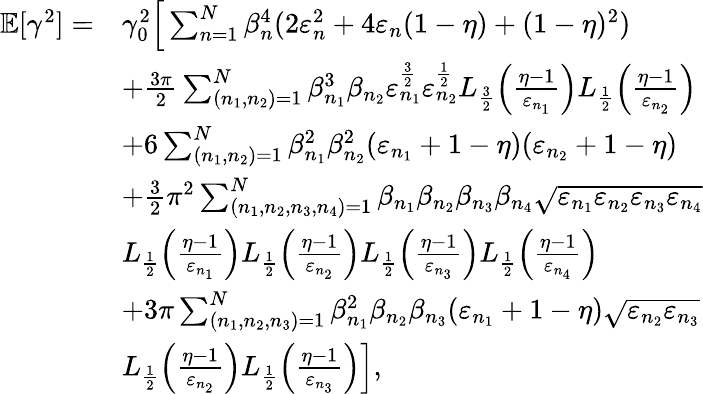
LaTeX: \begin{array}{rl}{\mathbb{E}[\gamma^{2}]=}&{\gamma_{0}^{2}\Big[\sum_{n=1}^{N}\beta_{n}^{4}(2\varepsilon_{n}^{2}+4\varepsilon_{n}(1-\eta)+(1-\eta)^{2})}\\ &{+\frac{3\pi}{2}\sum_{(n_{1},n_{2})=1}^{N}\beta_{n_{1}}^{3}\beta_{n_{2}}\varepsilon_{n_{1}}^{\frac{3}{2}}\varepsilon_{n_{2}}^{\frac{1}{2}}L_{\frac{3}{2}}\Big(\frac{\eta-1}{\varepsilon_{n_{1}}}\Big)L_{\frac{1}{2}}\Big(\frac{\eta-1}{\varepsilon_{n_{2}}}\Big)}\\ &{+6\sum_{(n_{1},n_{2})=1}^{N}\beta_{n_{1}}^{2}\beta_{n_{2}}^{2}(\varepsilon_{n_{1}}+1-\eta)(\varepsilon_{n_{2}}+1-\eta)}\\ &{+\frac{3}{2}\pi^{2}\sum_{(n_{1},n_{2},n_{3},n_{4})=1}^{N}\beta_{n_{1}}\beta_{n_{2}}\beta_{n_{3}}\beta_{n_{4}}\sqrt{\varepsilon_{n_{1}}\varepsilon_{n_{2}}\varepsilon_{n_{3}}\varepsilon_{n_{4}}}}\\ &{L_{\frac{1}{2}}\Big(\frac{\eta-1}{\varepsilon_{n_{1}}}\Big)L_{\frac{1}{2}}\Big(\frac{\eta-1}{\varepsilon_{n_{2}}}\Big)L_{\frac{1}{2}}\Big(\frac{\eta-1}{\varepsilon_{n_{3}}}\Big)L_{\frac{1}{2}}\Big(\frac{\eta-1}{\varepsilon_{n_{4}}}\Big)}\\ &{+3\pi\sum_{(n_{1},n_{2},n_{3})=1}^{N}\beta_{n_{1}}^{2}\beta_{n_{2}}\beta_{n_{3}}(\varepsilon_{n_{1}}+1-\eta)\sqrt{\varepsilon_{n_{2}}\varepsilon_{n_{3}}}}\\ &{L_{\frac{1}{2}}\Big(\frac{\eta-1}{\varepsilon_{n_{2}}}\Big)L_{\frac{1}{2}}\Big(\frac{\eta-1}{\varepsilon_{n_{3}}}\Big)\Big],}\end{array}